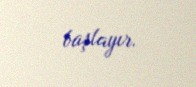
başlayır.